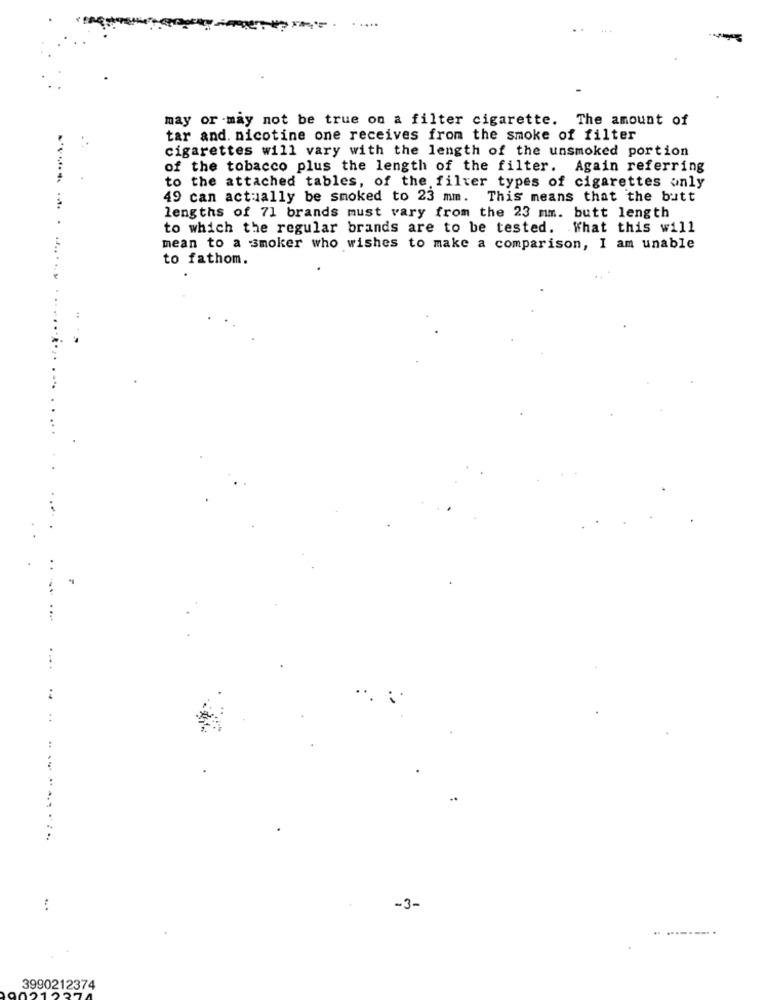
may or may not be true on a filter cigarette. The amount of
tar and. nicotine one receives from the smoke of filter
cigarettes will vary with the length of the unsmoked portion
of the tobacco plus the length of the filter. Again referring
. ..
to the attached tables, of the filter types of cigarettes only
49 can actually be smoked to 23 mm. This means that the butt
lengths of 71 brands must vary from the 23 mm. butt length
to which the regular brands are to be tested. What this will
mean to a smoker who wishes to make a comparison, I am unable
to fathom.
.. ...........
:
-3 -
...------..
3990212374
21227